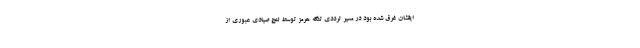
ایقشان غرق شده بود در مسیر ترددی تنگه هرمز توسط لنج صیادی عبوری از